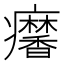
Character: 𤼍